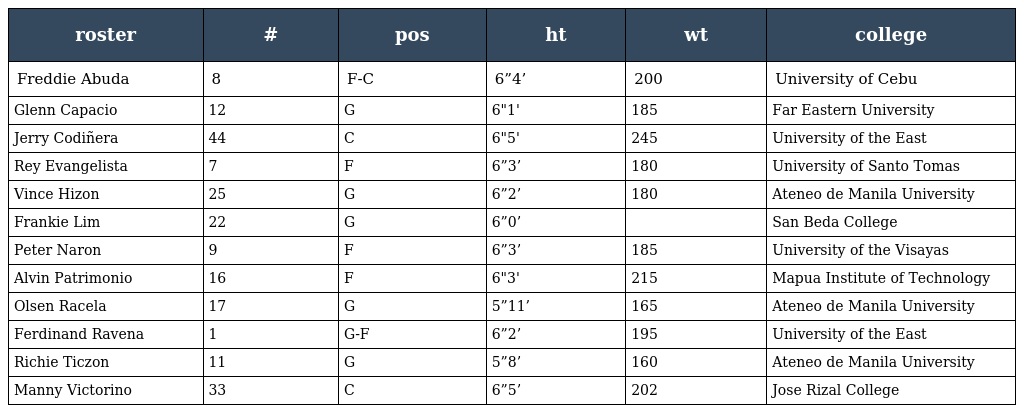
| roster | # | pos | ht | wt | college |
 | --- | --- | --- | --- | --- | --- |
 | Freddie Abuda | 8 | F-C | 6”4’ | 200 | University of Cebu |
 | Glenn Capacio | 12 | G | 6"1' | 185 | Far Eastern University |
 | Jerry Codiñera | 44 | C | 6"5' | 245 | University of the East |
 | Rey Evangelista | 7 | F | 6”3’ | 180 | University of Santo Tomas |
 | Vince Hizon | 25 | G | 6”2’ | 180 | Ateneo de Manila University |
 | Frankie Lim | 22 | G | 6”0’ |  | San Beda College |
 | Peter Naron | 9 | F | 6”3’ | 185 | University of the Visayas |
 | Alvin Patrimonio | 16 | F | 6"3' | 215 | Mapua Institute of Technology |
 | Olsen Racela | 17 | G | 5”11’ | 165 | Ateneo de Manila University |
 | Ferdinand Ravena | 1 | G-F | 6”2’ | 195 | University of the East |
 | Richie Ticzon | 11 | G | 5”8’ | 160 | Ateneo de Manila University |
 | Manny Victorino | 33 | C | 6”5’ | 202 | Jose Rizal College |